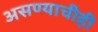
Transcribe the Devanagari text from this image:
असण्याचीही